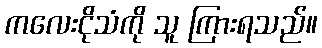
ကလေးငိုသံကို သူ ကြားရသည်။